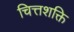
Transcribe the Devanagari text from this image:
चित्तशक्ति